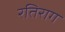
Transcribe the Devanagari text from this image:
रतिराग